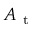
A _ { \mathrm { ~ t ~ } }